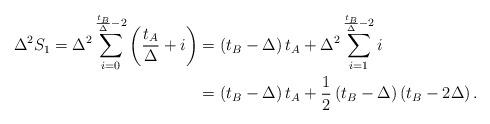
LaTeX: \begin{align*}\Delta^2 S_1 = \Delta^2 \sum\limits_{i=0}^{\frac{t_B}{\Delta} - 2} \left( \frac{t_A}{\Delta} + i \right) &= \left( t_B - \Delta \right) t_A + \Delta^2 \sum\limits_{i=1}^{\frac{t_B}{\Delta} - 2} i \\&= \left( t_B - \Delta \right) t_A + \frac{1}{2}\left( t_B - \Delta \right) \left( t_B - 2\Delta \right).\end{align*}